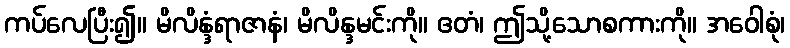
ကပ်လေပြီး၍။ မိလိန္ဒံရာဇာနံ၊ မိလိန္ဒမင်းကို။ ဧတံ၊ ဤသို့သောစကားကို။ အဝေါစုံ၊